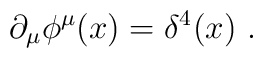
\partial_\mu\phi^\mu(x)=\delta^4(x) \ .